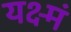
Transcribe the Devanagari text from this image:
यक्ष्मं